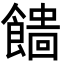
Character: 𩞒